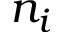
n _ { i }